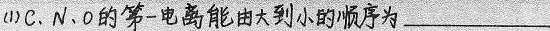
##(1)C、N、O的第一电离能由大到小的顺序为___##